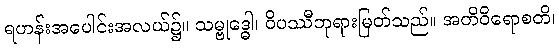
ရဟန်းအပေါင်းအလယ်၌။ သမ္ဗုဒ္ဓေါ၊ ဝိပဿီဘုရားမြတ်သည်။ အတိဝိရောစတိ၊